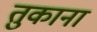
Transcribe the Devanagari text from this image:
तुकाना